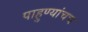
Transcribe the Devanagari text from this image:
पाहुण्यांचच